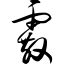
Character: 霰